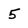
Character: 5